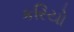
કરિયો